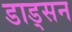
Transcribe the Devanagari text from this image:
डाड्सन